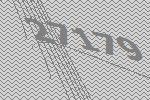
27179